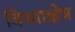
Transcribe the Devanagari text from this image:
विध्याक्षेत्र